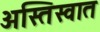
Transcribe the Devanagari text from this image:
अस्तिस्वात